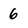
Character: 6